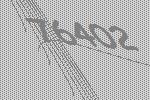
76402